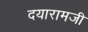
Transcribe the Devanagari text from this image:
दयारामजी